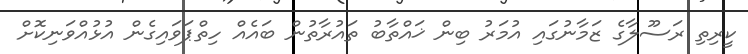
ކީރިތި ރަސޫލާގެ ޒަމާނުގައި އުމަރު ބިން ޚައްތާބު ތައުރާތުން ބައެއް ހިތްޕަވައިގެން އުޅުއްވަނިކޮށް